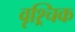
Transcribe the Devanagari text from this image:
वृश्र्चिक